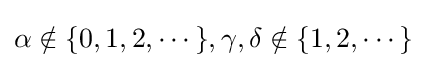
\alpha \notin \{0,1,2,\cdots \},\gamma ,\delta \notin \{1,2,\cdots \}